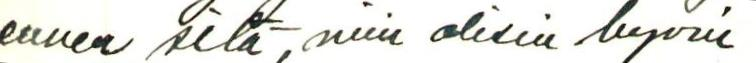
ennen sitä, niin olisin hyvin